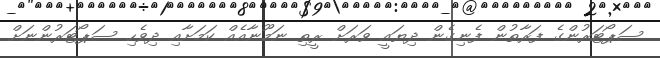
ސަޕޯޓަރުންގެ ފަރާތުން ފެނިގެން ދިޔައީ ވަރަށް ރީތި ނަމޫނާއެއް ކަމަށާއި ދިވެހި ސަޕޯޓަރުންނަށް